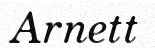
Arnett